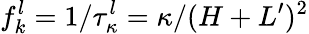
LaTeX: f_{k}^{l}=1/\tau_{\kappa}^{l}=\kappa/(H+L^{\prime})^{2}